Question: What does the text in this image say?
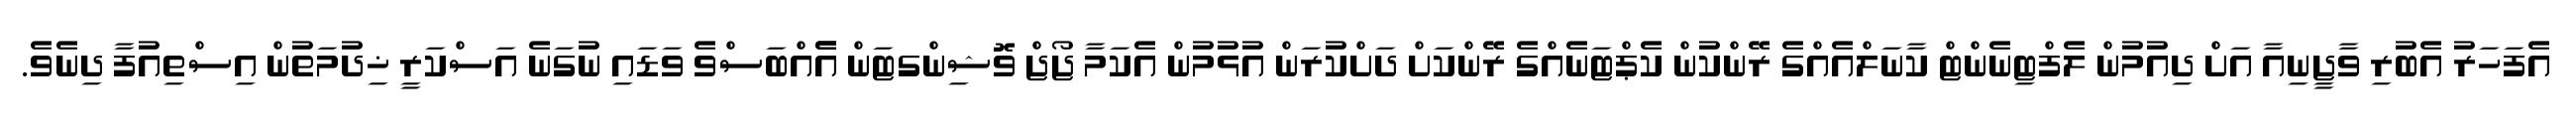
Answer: އެފަހަރު އެބުރި ވާޖީނިއާ އަށް ދިއުމުން ލެފްޓިނެންޓް ކާނަލްއެއްގެ ރޭންކުން ކެޕްޓަނެއްގެ ރޭންކަށް ދަށްކުރަން އުޅުމުން އެކަމާ ޖޯޖް ވޮޝިންގޓަން އެެއްބަސްވެ ވަޑައި ނުގަނެ އަސްކަރީ ޚިދުމަތުން އިސްތިއުފާ ދިނެވެ.